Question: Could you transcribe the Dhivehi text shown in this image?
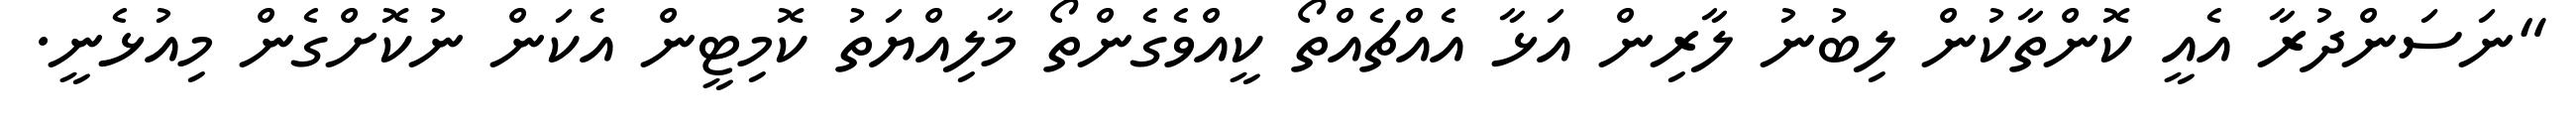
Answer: "ނަސަންދުރާ އެއީ ކޮންތާކުން ލިބުނު ލާރިން އަޅާ އެއްޗެއްތޯ ކީއްވެގެންތޯ މާލިއްޔަތު ކޮމިޓީން އެކަން ނުކޮށްގެން މިއުޅެނީ.